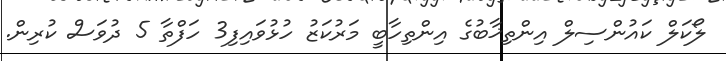
ލޯކަލް ކައުންސިލް އިންތިޚާބުގެ އިންތިހާބީ މަރުކަޒު ހުޅުވައިފި3 ހަފްތާ 5 ދުވަސް ކުރިން.